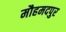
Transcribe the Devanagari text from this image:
मौहमदपुर